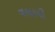
વળાવી